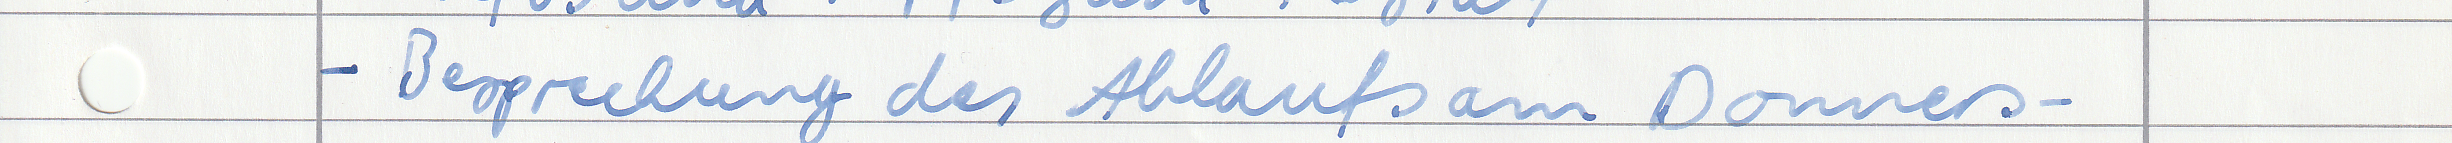
- Besprechung des Ablaufs am Donners-